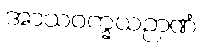
အာသဝက္ခယဉာဏံ